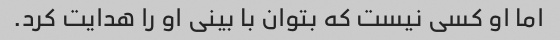
اما او کسی نیست که بتوان با بینی او را هدایت کرد.